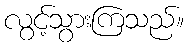
လွင့်သွားကြသည်။